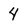
Character: 4